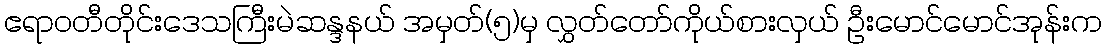
ဧရာဝတီတိုင်းဒေသကြီးမဲဆန္ဒနယ် အမှတ်(၅)မှ လွှတ်တော်ကိုယ်စားလှယ် ဦးမောင်မောင်အုန်းက